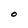
Character: O